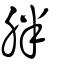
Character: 胖